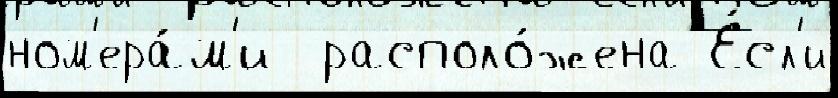
ном'ера́м'и  располо́жена Е́сл'и